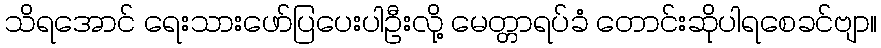
သိရအောင် ရေးသားဖော်ပြပေးပါဦးလို့ မေတ္တာရပ်ခံ တောင်းဆိုပါရစေခင်ဗျာ။